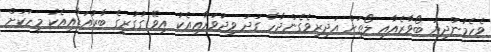
ވެހެމުންދިޔަ ބޯވާރެއާއި ލޯތަށް އަދިރިވެގެންދާހާ ގަދަ ވިދުވަރާޢިއެކު އިވޭ ގުގުރީގެ ބާރުއަޑާއިއެކު މީހަކަށް